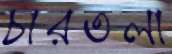
চারতলা